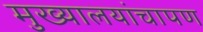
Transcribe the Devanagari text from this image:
मुख्यालयांचापण